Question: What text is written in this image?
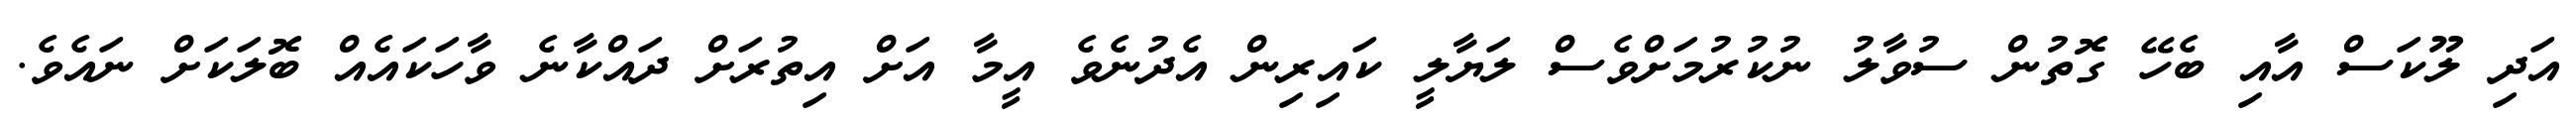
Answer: އަދި ލޫކަސް އާއި ބެހޭ ގޮތުން ސުވާލު ނުކުރުމަށްވެސް ލަޔާލީ ކައިރިން އެދުނެވެ އީމާ އަށް އިތުރަށް ދައްކާނެ ވާހަކައެއް ބޮލަކަށް ނައެވެ.